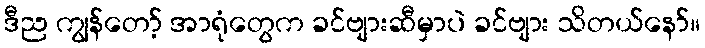
ဒီည ကျွန်တော့် အာရုံတွေက ခင်ဗျားဆီမှာပဲ ခင်ဗျား သိတယ်နော်။